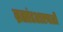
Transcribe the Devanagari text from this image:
ब्रह्मांडशास्त्राशी